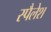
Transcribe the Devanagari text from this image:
स्पैलेश